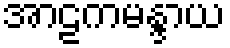
အာဠကမန္ဒာယ